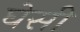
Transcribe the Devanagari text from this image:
घेसी